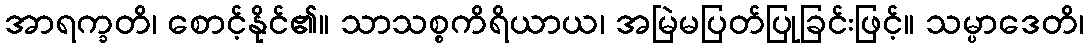
အာရက္ခတိ၊ စောင့်နိုင်၏။ သာသစ္စကိရိယာယ၊ အမြဲမပြတ်ပြုခြင်းဖြင့်။ သမ္ပာဒေတိ၊